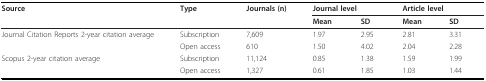
<table><thead><tr><td><b>Source</b></td><td><b>Type</b></td><td><b>Journals (n)</b></td><td colspan="2"><b>Journal level</b></td><td colspan="2"><b>Article level</b></td></tr><tr><td></td><td></td><td></td><td><b>Mean</b></td><td><b>SD</b></td><td><b>Mean</b></td><td><b>SD</b></td></tr></thead><tbody><tr><td>Journal Citation Reports 2-year citation average</td><td>Subscription</td><td>7,609</td><td>1.97</td><td>2.95</td><td>2.81</td><td>3.31</td></tr><tr><td></td><td>Open access</td><td>610</td><td>1.50</td><td>4.02</td><td>2.04</td><td>2.28</td></tr><tr><td>Scopus 2-year citation average</td><td>Subscription</td><td>11,124</td><td>0.85</td><td>1.38</td><td>1.59</td><td>1.99</td></tr><tr><td></td><td>Open access</td><td>1,327</td><td>0.61</td><td>1.85</td><td>1.03</td><td>1.44</td></tr></tbody></table>